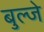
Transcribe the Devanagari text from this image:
बुल्जे